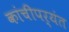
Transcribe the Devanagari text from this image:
कांचीपर्यंत